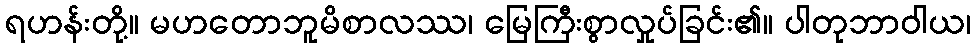
ရဟန်းတို့။ မဟတောဘူမိစာလဿ၊ မြေကြီးစွာလှုပ်ခြင်း၏။ ပါတုဘာဝါယ၊